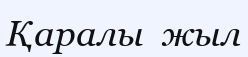
Қаралы  жыл